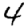
Digit: 4